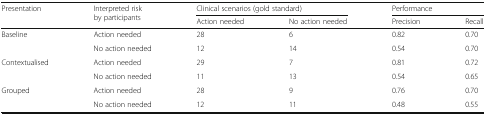
<table><thead><tr><td rowspan="2"><b>Presentation</b></td><td rowspan="2"><b>Interpreted risk by participants</b></td><td colspan="2"><b>Clinical scenarios (gold standard)</b></td><td colspan="2"><b>Performance</b></td></tr><tr><td><b>Action needed</b></td><td><b>No action needed</b></td><td><b>Precision</b></td><td><b>Recall</b></td></tr></thead><tbody><tr><td rowspan="2">Baseline</td><td>Action needed</td><td>28</td><td>6</td><td>0.82</td><td>0.70</td></tr><tr><td>No action needed</td><td>12</td><td>14</td><td>0.54</td><td>0.70</td></tr><tr><td rowspan="2">Contextualised</td><td>Action needed</td><td>29</td><td>7</td><td>0.81</td><td>0.72</td></tr><tr><td>No action needed</td><td>11</td><td>13</td><td>0.54</td><td>0.65</td></tr><tr><td rowspan="2">Grouped</td><td>Action needed</td><td>28</td><td>9</td><td>0.76</td><td>0.70</td></tr><tr><td>No action needed</td><td>12</td><td>11</td><td>0.48</td><td>0.55</td></tr></tbody></table>